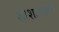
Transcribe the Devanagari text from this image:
शाशानवंशी